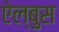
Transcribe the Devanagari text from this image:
ऐल्बुस